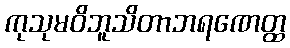
ကုသုမဝိဘူသိတာဘရဏေတ္ထ